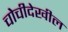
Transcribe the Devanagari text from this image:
चोचीदेखील